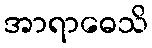
အာရာဓေသိ